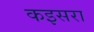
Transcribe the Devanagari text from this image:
कइसरा